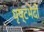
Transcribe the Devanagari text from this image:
धृष्टभेदी